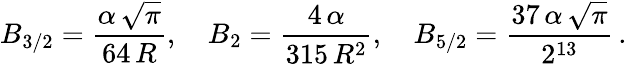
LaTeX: B_{3/2}=\frac{\alpha\, \sqrt\pi}{64\, R},\quad B_{2}=\frac{4\, \alpha}{315\, R^{2}},\quad B_{5/2}=\frac{37\, \alpha\, \sqrt\pi}{2^{13}}\, {.}